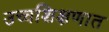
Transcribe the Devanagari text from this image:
उच्चशिक्षणात